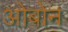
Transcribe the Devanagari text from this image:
ओबोन